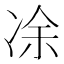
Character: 凃